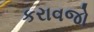
કરાવજો